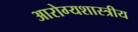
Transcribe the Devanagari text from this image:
आरोग्यशास्त्रीय